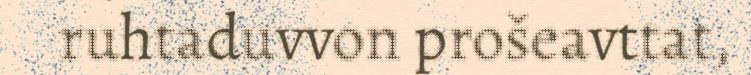
ruhtaduvvon prošeavttat,